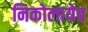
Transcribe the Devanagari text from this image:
निकोलायेव